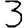
Digit: 3